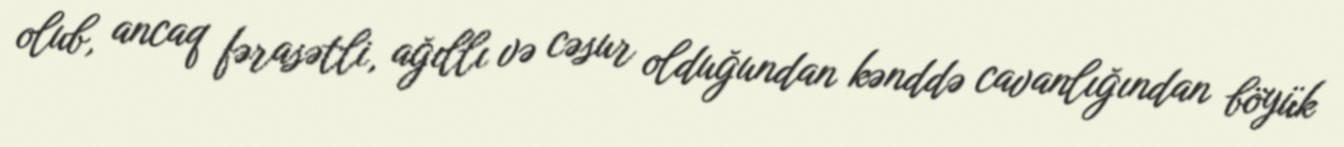
olub, ancaq fərasətli, ağıllı və cəsur olduğundan kənddə cavanlığından böyük